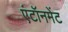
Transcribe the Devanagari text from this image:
एंटॉनमेंट